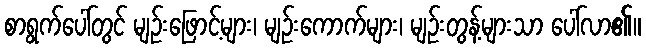
စာရွက်ပေါ်တွင် မျဉ်းဖြောင့်များ၊ မျဉ်းကောက်များ၊ မျဉ်းတွန့်များသာ ပေါ်လာ၏။